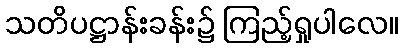
သတိပဋ္ဌာန်းခန်း၌ ကြည့်ရှုပါလေ။